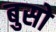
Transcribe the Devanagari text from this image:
बुसो